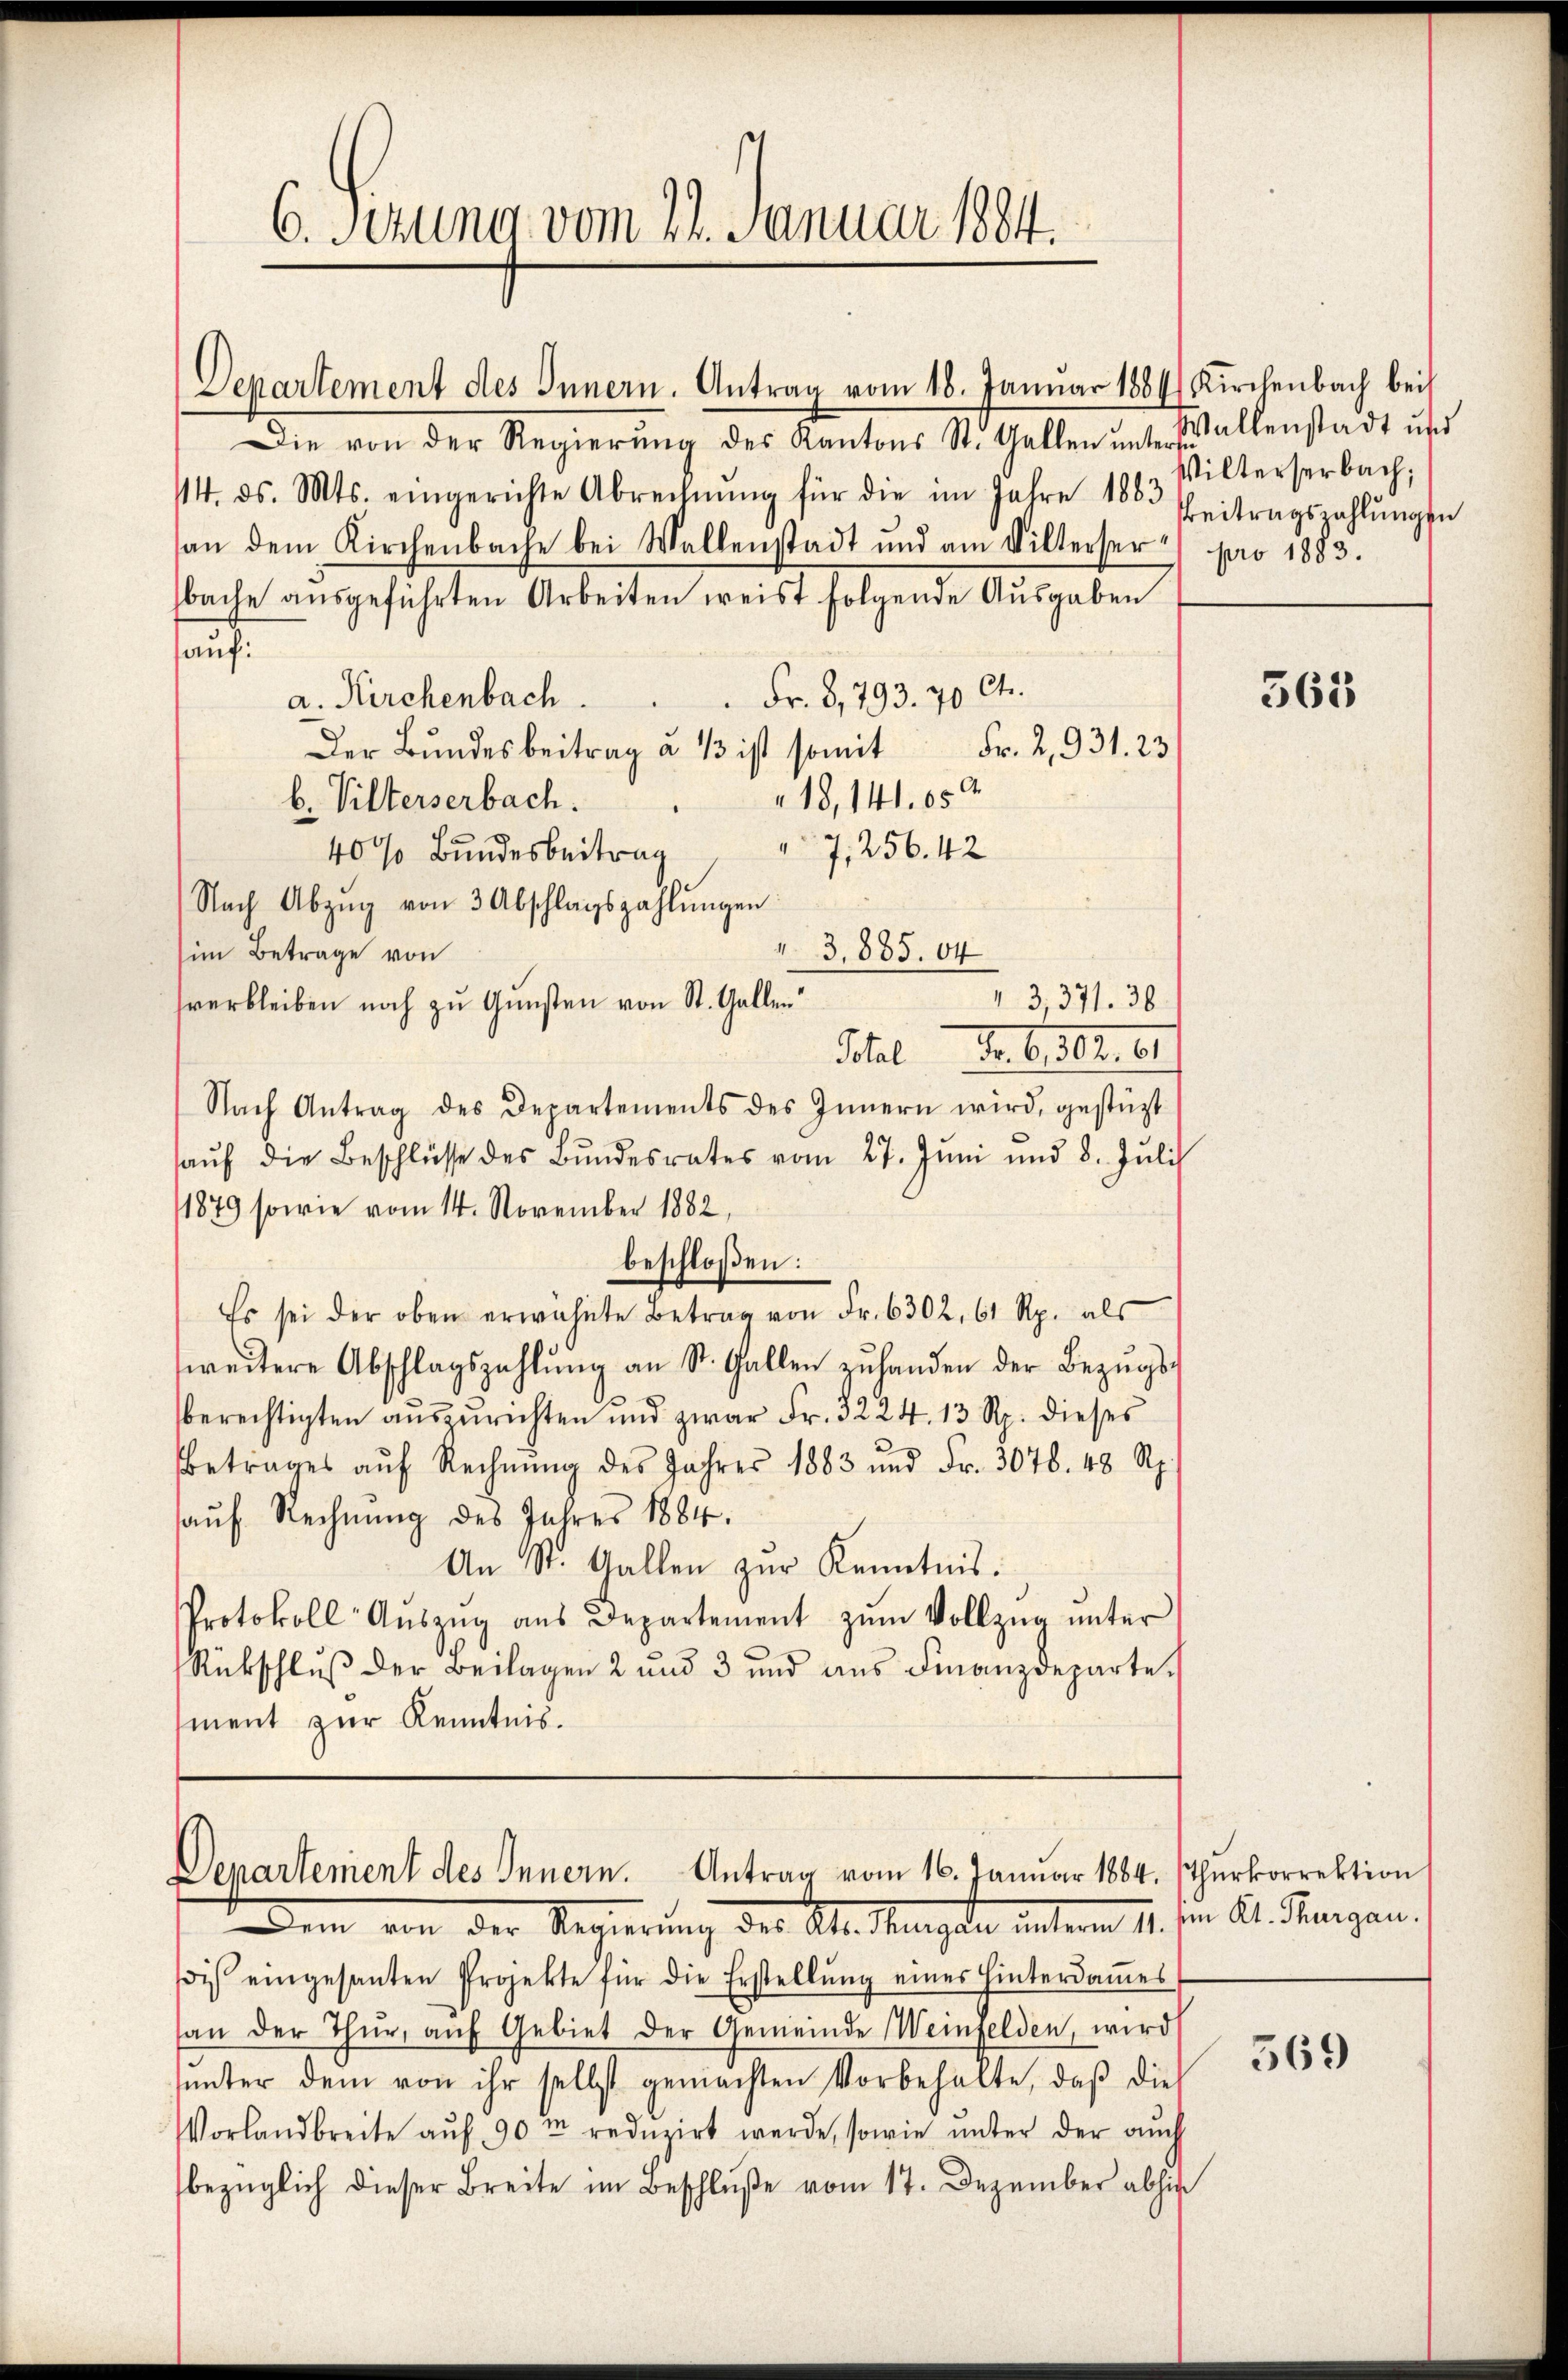
6. Setzung vom 21. Januar 1884.

Departement des Innern. Antrag vom 18. Januar 1884 Kirchenbach bei
Die von der Regierung des Kantons St. Gallen unters allenstadt und
114. ds. Mts. eingerichte Abrechnŭng für die im Jahre 1883 Beitragszahlŭngen
an dem Kirchenbache bei Wallenstadt und am Vilterserbache ausgeführten Arbeiten weist folgende Ausgaben
auf:
 Fr. 8,793. 70 Ct.
a. Kirchenbach.
Der Bundesbeitrag à 13 ist somit Fr. 2931. 23
18, 141. 659.
b. Vilterserbach.
7,256. 42
40% Bundesbeitrag
Nach Abzŭg von 3 Abschlagszahlŭngen
 3,885. 64
im Betrage von
sverbleiben noch zu Gunsten von St. Gallen
3,371. 36.
Schel Fr. 6. 162. 61
Nach Antrag des Departements des Innern wird, gestützt
aŭf die Beschlüsse des Bŭndesrates vom 27. Jŭni und 8. Jŭli
1879 sowie vom 14. November 1882,
beschloßen:
Es sei der oben erwähnte Betrag von Fr. 6302, 61 Rp. als
weitere Abschlagszahlŭng an St. Gallen zŭ handen der Bezŭgs-
berechtigten aŭszŭrichten und zwar Fr. 3224. 13 Rp. dieses
betrages aŭf Rechnŭng des Jahres 1883 und Fr. 3078. 48 Rp.
aŭf Rechnung des Jahres 1884.
An St. Gallen zur Kenntnis.
Protokoll Aŭszŭg aŭs Departement zŭm Vollzŭg ŭnter
Rückschluß der Beilagen 2 und 3 und ans Finanzdeparte
ment zur Kenntnis.

Departement des Innern. Antrag vom 16. Januar 1884. (Thurkorrektion
tenen von der Regierung der Al. Mangen unterm 1. Jan. Al. Thurgau,

Wilterserbach;
pro 1883.

ois eingesanten Projekte für die Erstellŭng eines hinterdames
san der Thür, aŭf Gebiet der Gemeinde Weinfelden, wird
ŭnter dem von ihr selbst gemachten Vorbehalte, daβ dies
Vorlandbreite aŭf 90m redŭzirt werde, sowie ŭnter der aŭch
bezüglich dieser Breite im Beschluße vom 17. Dezember abhin

563

569